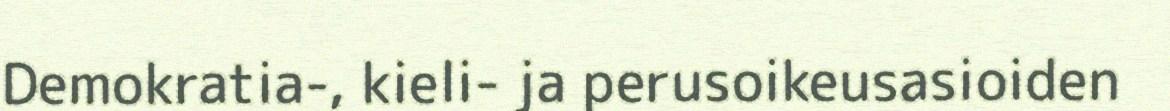
Demokratia-, kieli- ja perusoikeusasioiden